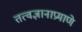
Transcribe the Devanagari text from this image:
तत्वज्ञानाप्रमाणे